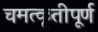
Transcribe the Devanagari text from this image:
चमत्कृतीपूर्ण